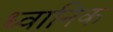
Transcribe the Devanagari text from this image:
ध्‍वानिक